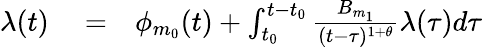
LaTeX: \begin{array}{rlr}{\lambda(t)}&{{}=}&{\phi_{m_{0}}(t)+\int_{t_{0}}^{t-t_{0}}\frac{B_{m_{1}}}{(t-\tau)^{1+\theta}}\lambda(\tau)d\tau}\end{array}